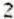
2